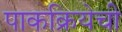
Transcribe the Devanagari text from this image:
पाकक्रियेची